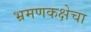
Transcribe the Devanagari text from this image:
भ्रमणकक्षेचा